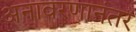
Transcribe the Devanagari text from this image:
अनावरणानंतर